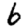
Digit: 6